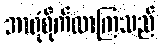
အာရုံစိုက်လာကြသည်